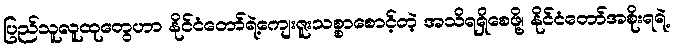
ပြည်သူလူထုတွေဟာ နိုင်ငံတော်ရဲ့ကျေးဇူးသစ္စာစောင့်တဲ့ အသိရရှိစေဖို့၊ နိုင်ငံတော်အစိုးရရဲ့